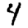
Digit: 4